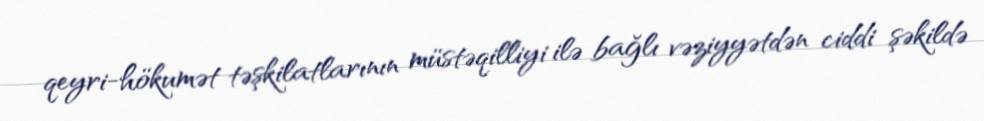
qeyri-hökumət təşkilatlarının müstəqilliyi ilə bağlı vəziyyətdən ciddi şəkildə